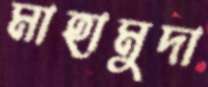
মাহামুদা